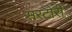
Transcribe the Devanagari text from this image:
सरटोरी